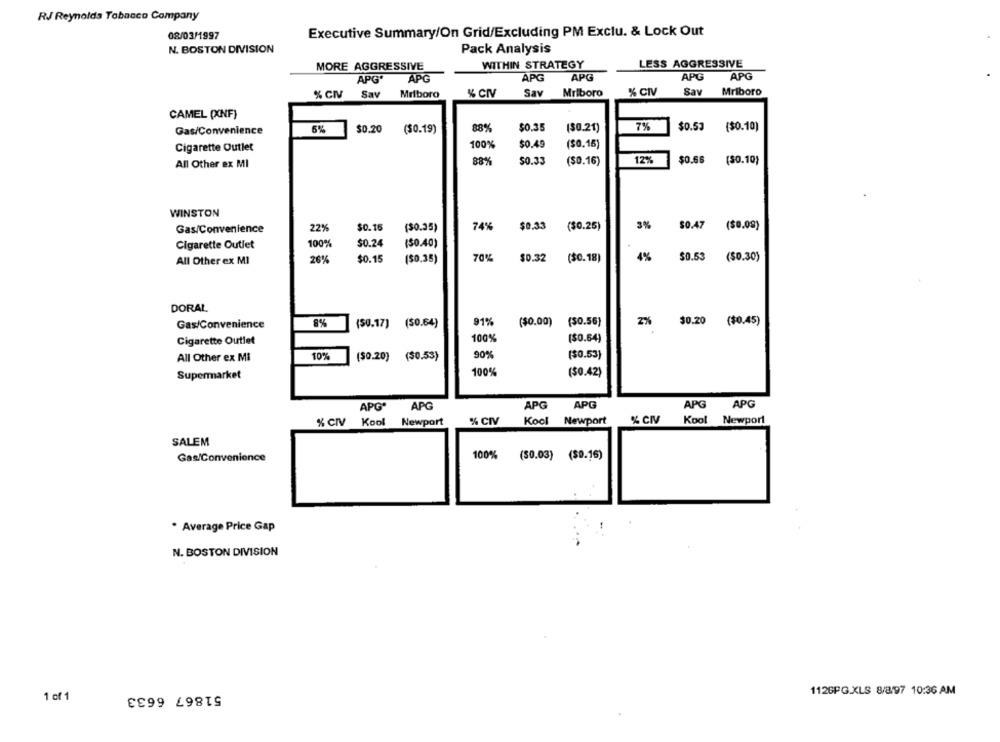
RJ Reynolds Tobacco Company
08/03/1997
Executive Summary/On Grid/Excluding PM Exclu. & Lock Out
N. BOSTON DIVISION
Pack Analysis
MORE AGGRESSIVE
WITHIN STRATEGY
LESS AGGRESSIVE
APG
APG'
APG
APG
APG
APG
% CIV
Sav
Mriboro
% CIV
Sav
Mriboro
% CIV
Sav
Mriboro
CAMEL (XNF)
88%
$0.35
7%
$0.53
Gas/Convenience
6%
$0.20
($0.19)
($0.21)
($0.10)
Cigarette Outlet
100%
$0.49
(SO.15)
All Other ex MI
88%
$0.33
($0.16)
12%
$0.66
($0.10)
WINSTON
3%
Gas/Convenience
22%
$0.16
($0.35)
74%
$0.33
($0.25)
$0.47
($0.08)
Cigarette Outlet
100%
$0.24
($0.40)
All Other ex MI
26%
$0.15
($0.35)
70%%
$0.32
($0.18)
4%
$0.53
($0.30)
DORAL
Gas/Convenience
8%
(50.17] ($0.64)
91%
($0.00) (50.56)
2%
$0.20 ($0.45)
Cigarette Outlet
100%
($0.64)
All Other ex Mi
10%
($0.20} (50.53)
90%
($0.53)
100%
Supermarket
($0.42)
APG'
APG
APG
APG
APG
APG
% CIV
Kool
Newport
% CIV
Kool
Newport
% CIV
Kool
Newport
SALEM
Gas/Convenience
100%
(50.03) ($9.16)
. Average Price Gap
N. BOSTON DIVISION
51867 6633
112GPG.XLS 8/8/97 10:36 AM
1 of 1